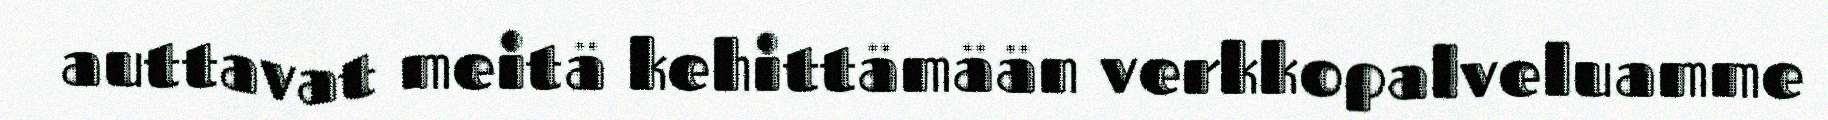
auttavat meitä kehittämään verkkopalveluamme